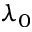
\lambda _ { 0 }